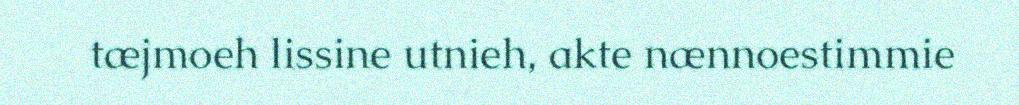
tæjmoeh lissine utnieh, akte nænnoestimmie